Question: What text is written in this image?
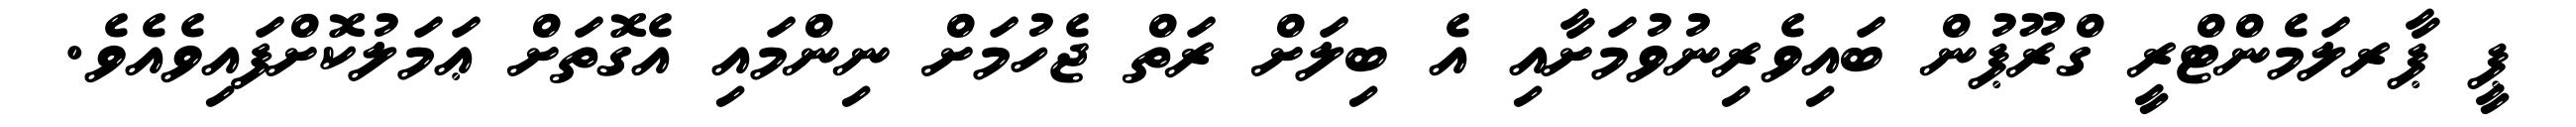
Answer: ޕީ ޕާރލަމެންޓްރީ ގްރޫޕުން ބައިވެރިނުވުމަށާއި އެ ބިލަށް ރަތް ޖެހުމަށް ނިންމައި އެގޮތަށް ޢަމަލުކޮށްފައިވެއެވެ.